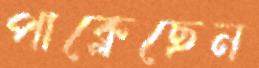
পাক্‌লেছেন